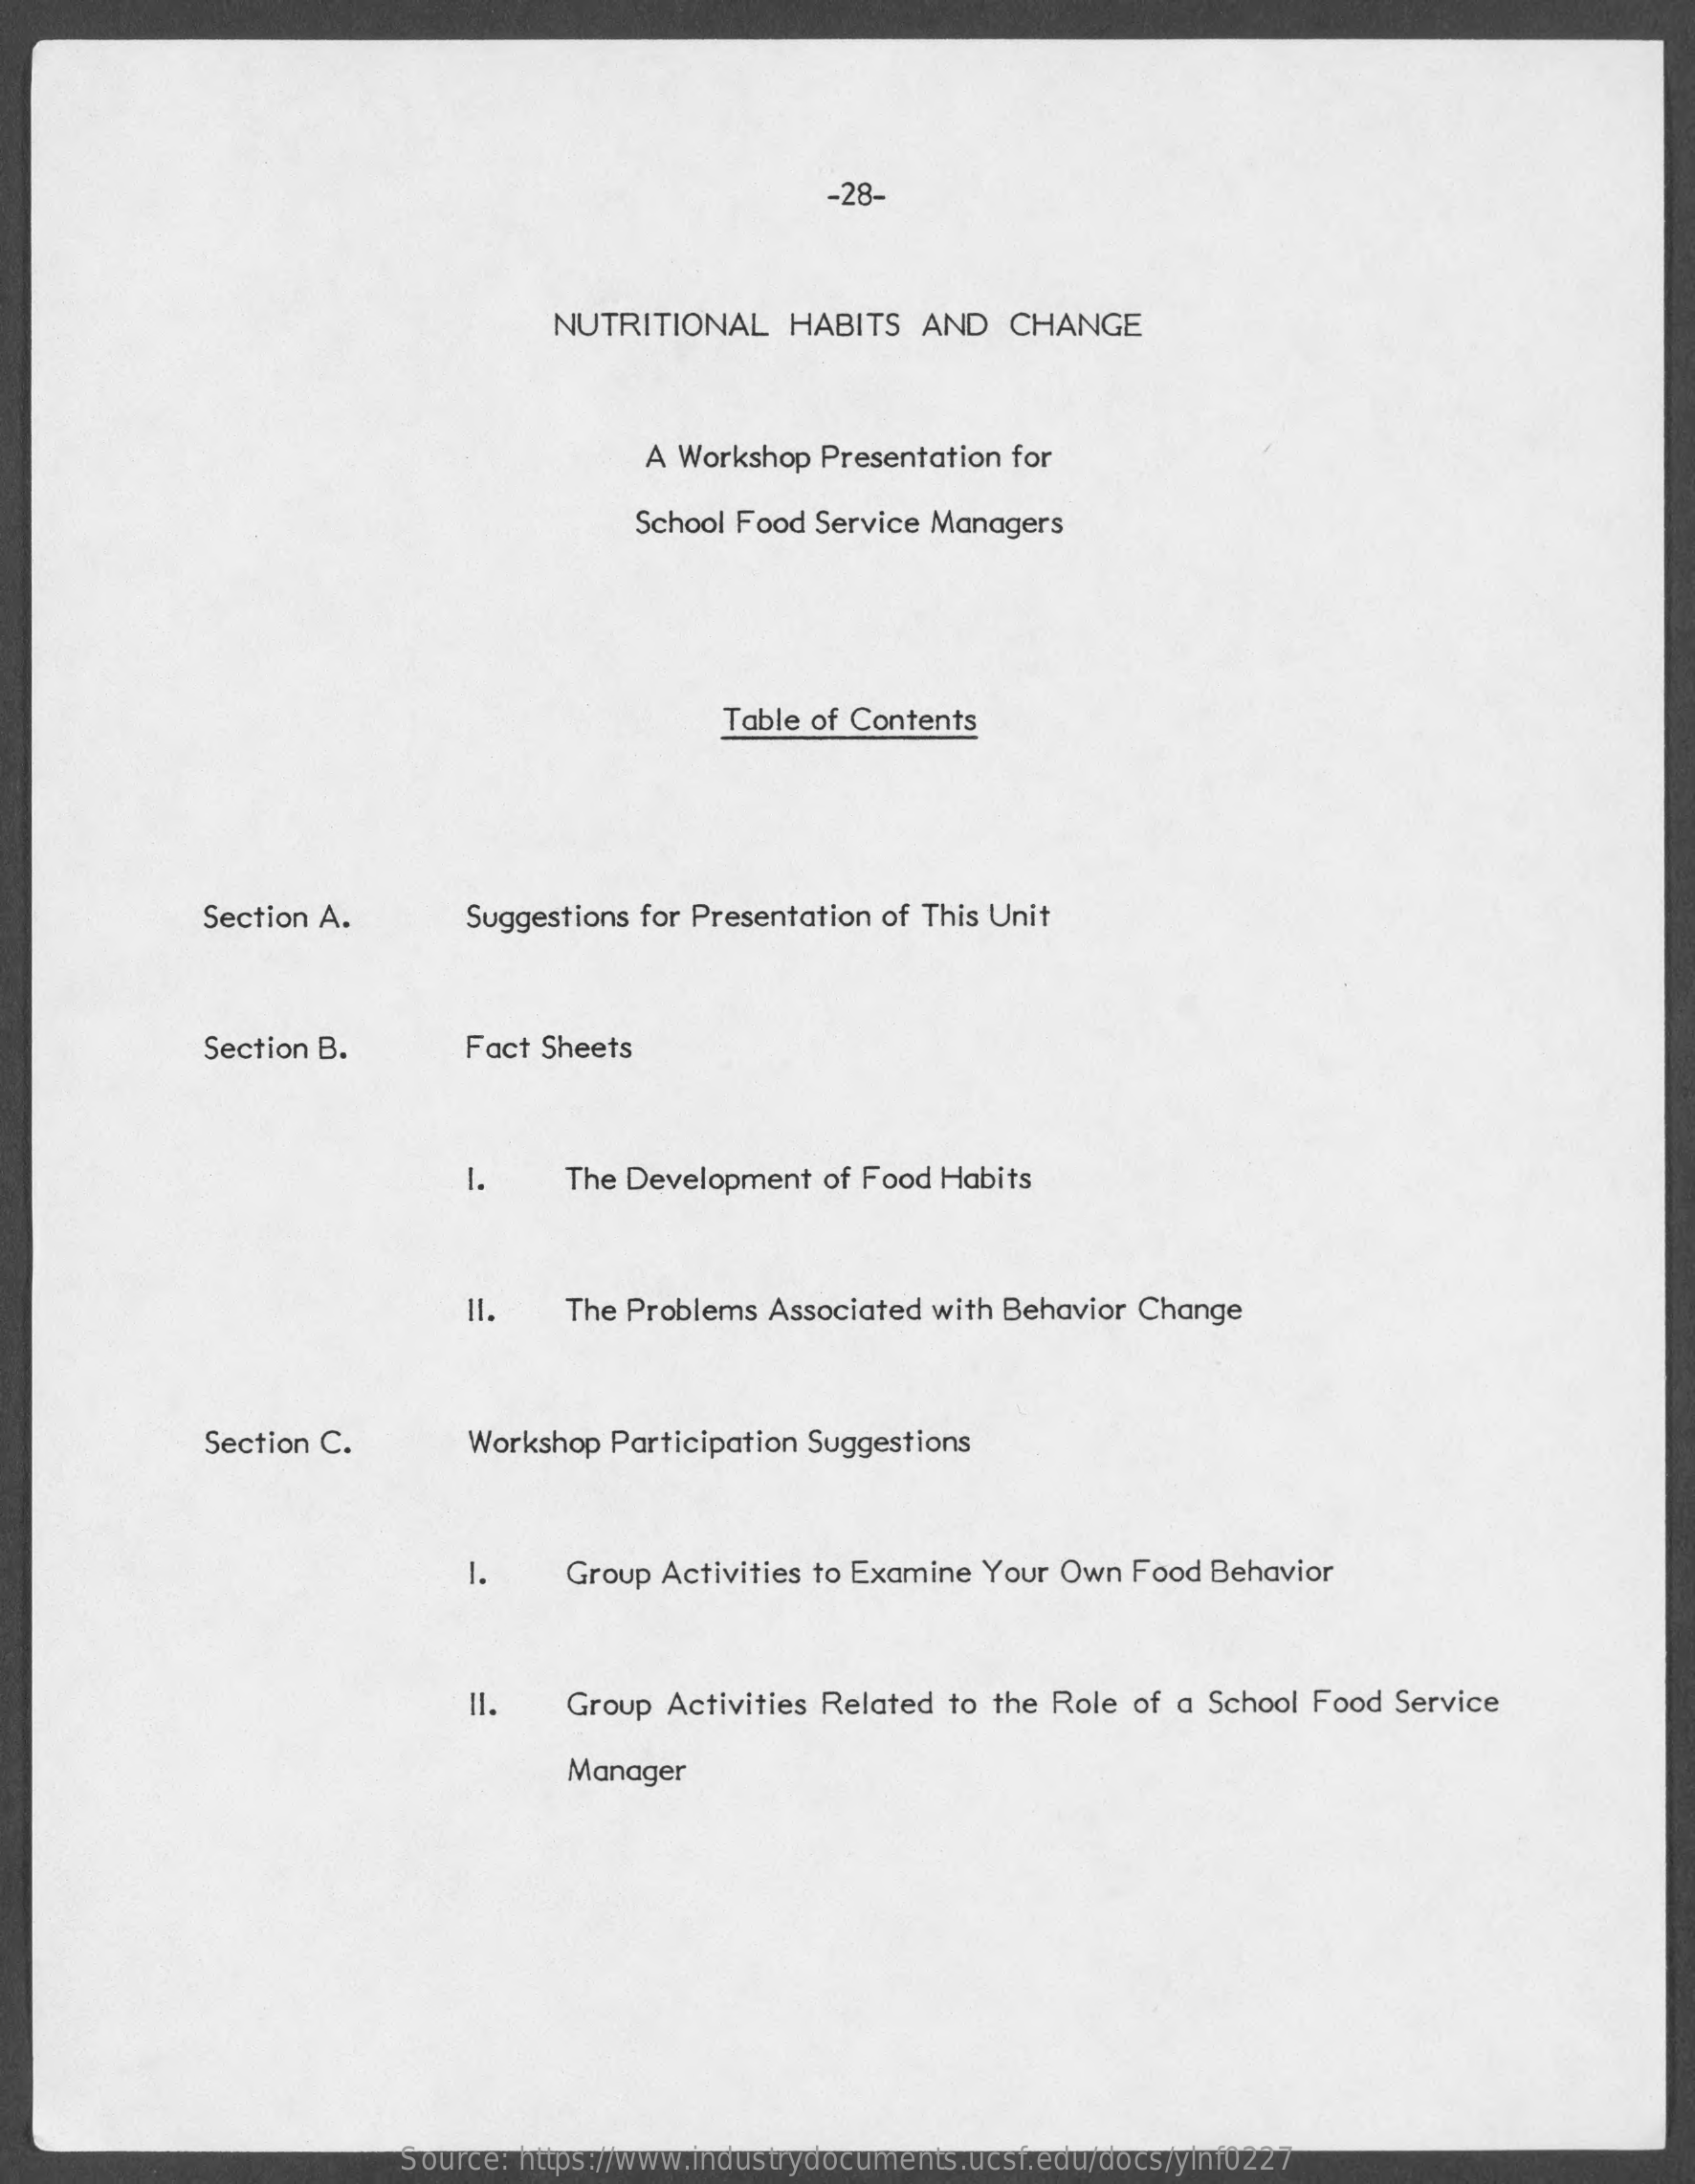
-28-
     NUTRITIONAL    HABITS   AND   CHANGE
     A Workshop Presentation for
     School Food Service Managers
     Table of Contents
     Section A.    Suggestions for Presentation of This Unit
     Section B.    Fact Sheets
     1.    The Development  of Food Habits
     =
     The Problems Associated with Behavior Change
     Section C.    Workshop Participation Suggestions
     1.    Group Activities to Examine Your Own Food Behavior
     II.    Group Activities Related to the Role of a School Food Service
     Manager
     Source: https://www.industrydocuments.ucsf.edu/docs/ylnf0227